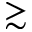
\gtrsim